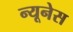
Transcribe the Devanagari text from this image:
न्यूनेस